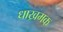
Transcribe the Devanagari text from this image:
धाख्रमक